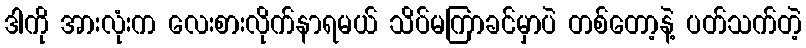
ဒါကို အားလုံးက လေးစားလိုက်နာရမယ် သိပ်မကြာခင်မှာပဲ တစ်တော့နဲ့ ပတ်သက်တဲ့